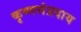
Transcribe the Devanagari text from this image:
कृष्णसंप्रदाय